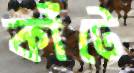
কাঁটে